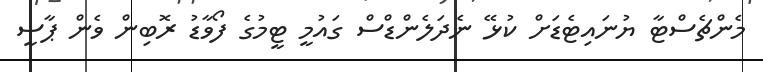
މެންޗެސްޓާ ޔުނައިޓެޑަށް ކުޅޭ ނެދަލެންޑްސް ގައުމީ ޓީމުގެ ފޯވާޑު ރޮބިން ވެން ޕާސީ